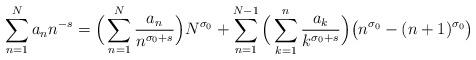
LaTeX: \begin{align*}\sum_{n=1}^{N} a_{n} n^{-s} = \Big(\sum_{n=1}^{N} \frac{a_{n}}{n^{\sigma_{0}+s}} \Big) N^{\sigma_{0}}+ \sum_{n=1}^{N-1} \Big( \sum_{k=1}^{n} \frac{a_{k}}{k^{\sigma_{0}+s}} \Big) \big( n^{\sigma_{0}} - (n+1)^{\sigma_{0}} \big)\end{align*}